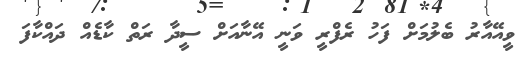
ވީއޭއާރު ބެލުމަށް ފަހު ރެފްރީ ވަނީ އޭނާއަށް ސީދާ ރަތް ކާޑެއް ދައްކާފަ